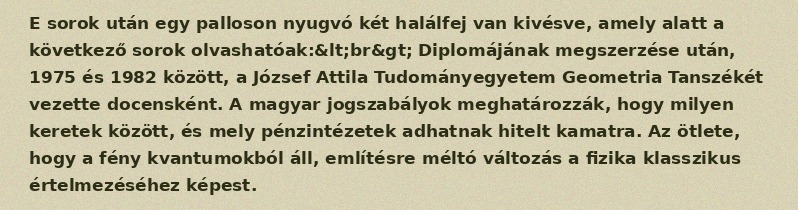
E sorok után egy palloson nyugvó két halálfej van kivésve, amely alatt a következő sorok olvashatóak:&lt;br&gt; Diplomájának megszerzése után, 1975 és 1982 között, a József Attila Tudományegyetem Geometria Tanszékét vezette docensként. A magyar jogszabályok meghatározzák, hogy milyen keretek között, és mely pénzintézetek adhatnak hitelt kamatra. Az ötlete, hogy a fény kvantumokból áll, említésre méltó változás a fizika klasszikus értelmezéséhez képest.